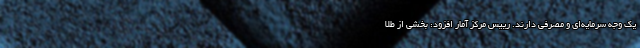
یک وجه سرمایه‌ای و مصرفی دارند. رییس مرکز آمار افزود: بخشی از طلا